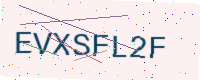
Text: EVXSFL2F